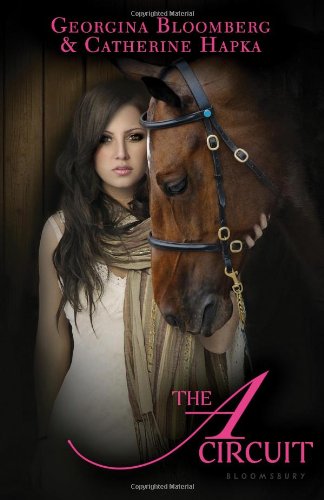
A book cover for The A Circuit; Catherine Hapka; Teen & Young Adult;